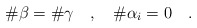
\begin{align*}\#\beta=\#\gamma \quad,\quad \#\alpha_i=0 \quad.\end{align*}